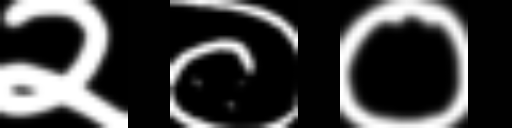
Text: २००